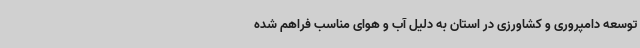
توسعه دامپروری و کشاورزی در استان به دلیل آب و هوای مناسب فراهم شده